Vaccination in Bombay 1874-1876 - 1874-1876
Year: 1874
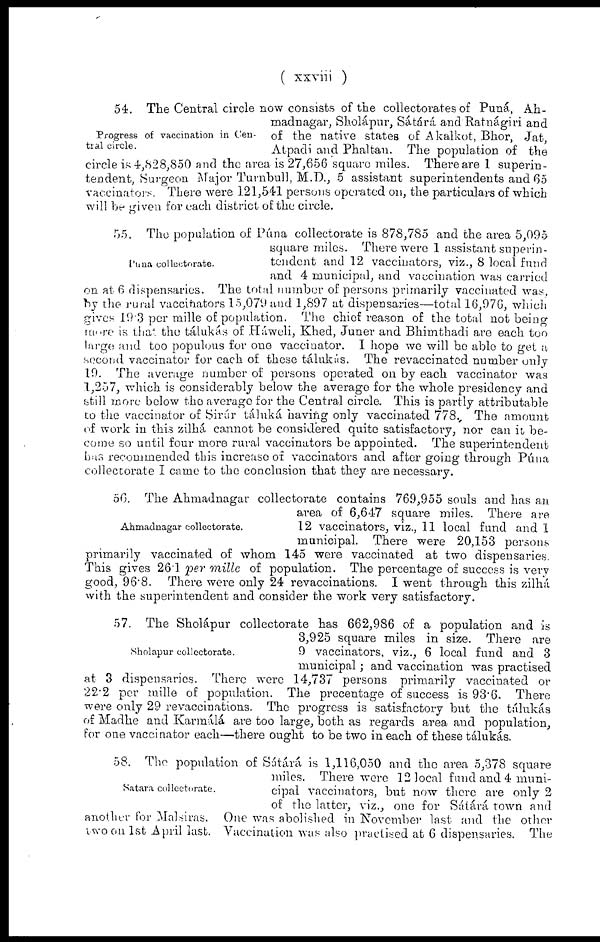
( xxviii )
Progress of vaccination in Cen-
tral circle.
54. The Central circle now consists of the collectorates of Puná, Ah-
madnagar, Sholápur, Sátárá and Ratnágiri and
of the native states of Akalkot, Bhor, Jat,
Atpadi and Phaltan. The population of the
circle is 4,828,850 and the area is 27,656 square miles. There are 1 superin-
tendent, Surgeon Major Turnbull, M.D., 5 assistant superintendents and 65
vaccinators. There were 121,541 persons operated on, the particulars of which
will be given for each district of the circle.
Puna collectorate.
55. The population of Púna collectorate is 878,785 and the area 5,095
square miles. There were 1 assistant superin-
tendent and 12 vaccinators, viz., 8 local fund
and 4 municipal, and vaccination was carried
on at 6 dispensaries. The total number of persons primarily vaccinated was,
by the rural vaccinators 15,079 and 1,897 at dispensaries—total 16,976, which
gives 19.3 per mille of population. The chief reason of the total not being
more is that the tálukás of Háweli, Khed, Juner and Bhimthadi are each too
large and too populous for one vaccinator. I hope we will be able to get a
second vaccinator for each of these tálukás. The revaccinated number only
19. The average number of persons operated on by each vaccinator was
1,257, which is considerably below the average for the whole presidency and
still more below the average for the Central circle. This is partly attributable
to the vaccinator of Sirúr táluká having only vaccinated 778, The amount
of work in this zilhá cannot be considered quite satisfactory, nor can it be-
come so until four more rural vaccinators be appointed. The superintendent
has recommended this increase of vaccinators and after going through Púna
collectorate I came to the conclusion that they are necessary.
Ahmadnagar collectorate.
56. The Ahmadnagar collectorate contains 769,955 souls and has an
area of 6,647 square miles. There are
12 vaccinators, viz., 11 local fund and 1
municipal. There were 20,153 persons
primarily vaccinated of whom 145 were vaccinated at two dispensaries.
This gives 26.1 per mille of population. The percentage of success is very
good, 96.8. There were only 24 revaccinations. I went through this zilhá.
with the superintendent and consider the work very satisfactory.
Sholapur collectorate.
57. The Sholápur collectorate has 662,986 of a population and is
3,925 square miles in size. There are
9 vaccinators, viz., 6 local fund and 3
municipal; and vaccination was practised
at 3 dispensaries. There were 14,737 persons primarily vaccinated or
22.2 per mille of population. The precentage of success is 93.6. There
were only 29 revaccinations. The progress is satisfactory but the tálukás
of Madhe and Karmálá are too large, both as regards area and population,
for one vaccinator each—there ought to be two in each of these tálukás.
Satara collectorate.
58. The population of Sátárá is 1,116,050 and the area 5,378 square
miles. There were 12 local fund and 4 muni-
cipal vaccinators, but now there are only 2
of the latter, viz., one for Sátárá town and
another
for Malsiras. One was abolished in November last and the other
two on 1st April last. Vaccination was also practised at 6 dispensaries. The